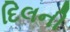
દિલની